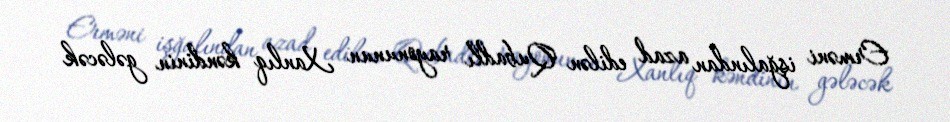
Erməni işğalından azad edilən Qubadlı rayonunun Xanlıq kəndinin gələcək